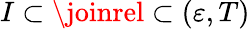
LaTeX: I\subset\joinrel\subset(\varepsilon,T)